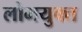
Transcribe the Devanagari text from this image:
लोमयुक्त